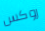
روكس